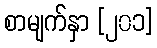
စာမျက်နှာ [၂၀၁]